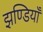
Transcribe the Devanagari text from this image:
झण्डियाँ